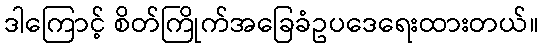
ဒါကြောင့် စိတ်ကြိုက်အခြေခံဥပဒေရေးထားတယ်။